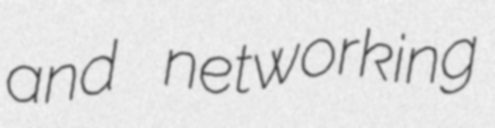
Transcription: and networking